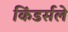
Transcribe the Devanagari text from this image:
किंडर्सले